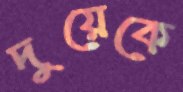
দুয়েকে